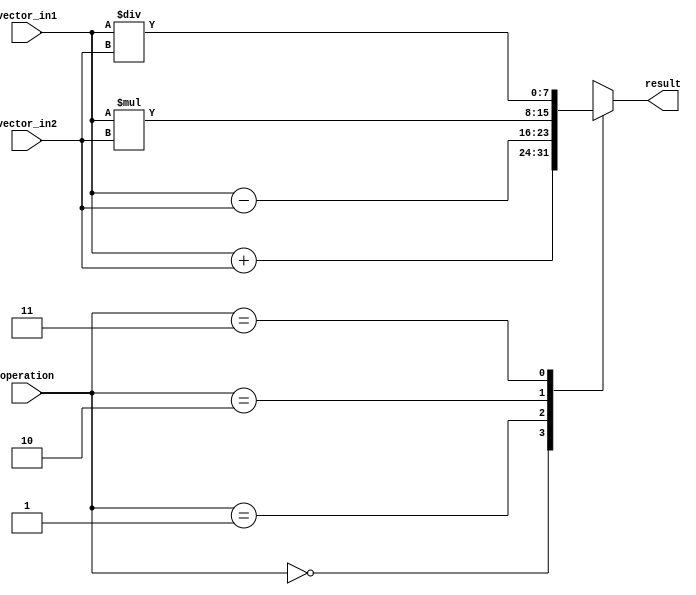
module VectorALU (
  input wire [7:0] vector_in1,
  input wire [7:0] vector_in2,
  input wire [1:0] operation,
  output reg [7:0] result
);

always @ (*) begin
  case(operation)
    2'b00: result = vector_in1 + vector_in2; // addition
    2'b01: result = vector_in1 - vector_in2; // subtraction
    2'b10: result = vector_in1 * vector_in2; // multiplication
    2'b11: result = vector_in1 / vector_in2; // division
  endcase
end

endmodule